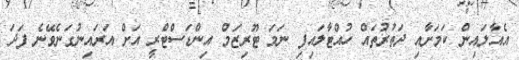
އެއާލައިން ކަމަށާއި ދަތުރުތައް ހުއްޓާލައިފި ނަމަ ޓޫރިޒަމް އިންޑަސްޓްރީ އަށް އަރައިނުގަނެވޭނެ ފަދަ